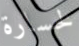
لخسارة